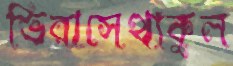
ভিরাসেথাকুল